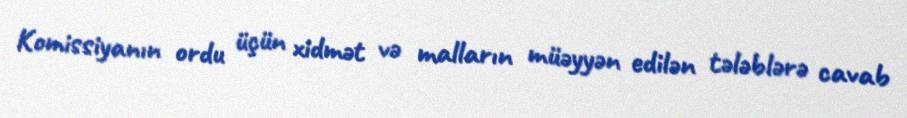
Komissiyanın ordu üçün xidmət və malların müəyyən edilən tələblərə cavab